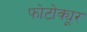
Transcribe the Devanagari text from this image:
फोटोक्यूर